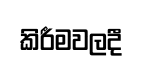
කිරීමවලදී